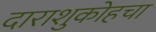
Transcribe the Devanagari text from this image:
दाराशुकोहचा